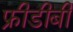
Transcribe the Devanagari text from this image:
फ्रीडीबी